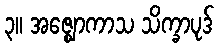
၃။ အဇ္ဈောကာသ သိက္ခာပုဒ်